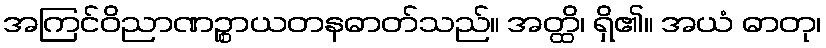
အကြင်ဝိညာဏဉ္စာယတနဓာတ်သည်။ အတ္ထိ၊ ရှိ၏။ အယံ ဓာတု၊